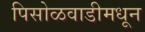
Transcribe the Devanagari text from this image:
पिसोळवाडीमधून